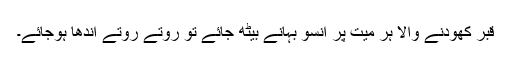
قبر کھودنے والا ہر میت پر آنسو بہانے بیٹھ جائے تو روتے روتے اندھا ہوجائے۔